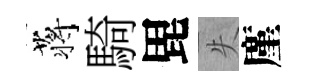
蒋騎毘失廑